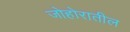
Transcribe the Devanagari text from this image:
जोहोरातील